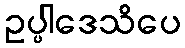
ဥပ္ပါဒေသိပေ